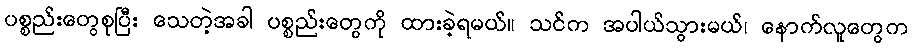
ပစ္စည်းတွေစုပြီး သေတဲ့အခါ ပစ္စည်းတွေကို ထားခဲ့ရမယ်။ သင်က အပါယ်သွားမယ်၊ နောက်လူတွေက